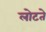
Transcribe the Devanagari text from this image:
लोटते